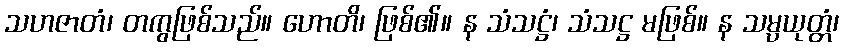
သဟဇာတံ၊ တကွဖြစ်သည်။ ဟောတိ၊ ဖြစ်၏။ န သံသဋ္ဌံ၊ သံသဋ္ဌ မဖြစ်။ န သမ္ပယုတ္တံ၊